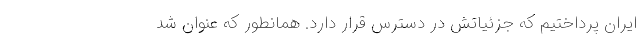
ایران پرداختیم که جزئیاتش در دسترس قرار دارد. همانطور که عنوان شد